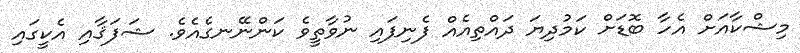
މިޝްކާއަށް އެހާ ބޮޑަށް ކަމުދިޔަ ދައްތިއެއް ފެނިފައި ނުވާތީވެ ކަންނޭނގެއެވެ. ޝަފަޤާއި އެކީގައި